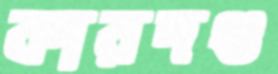
কারদণ্ড